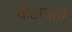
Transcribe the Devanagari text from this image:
कँटोनाने